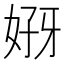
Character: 𰠣